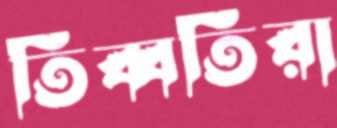
তিব্বতিরা